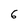
Character: 6